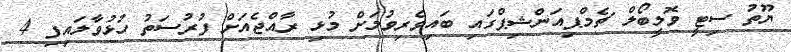
ޔޫތު ސިޓީ ވޮލީބޯލް ޗެމްޕިއަންޝިޕްގައި ބައިވެރިވުމަށް މުޅި ރާއްޖެއަށް ފުރުސަތު ހުޅުވާލައިފި 4